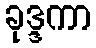
ခုဒ္ဒကာ